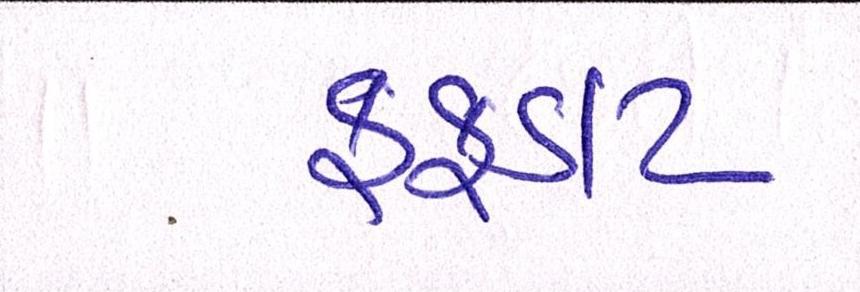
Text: ફફડાટ